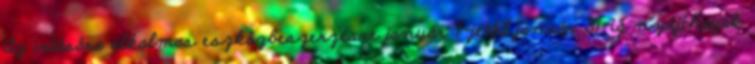
Az irtására alkalmas eszközbeszerzésre január 1-jétől január 31-ig nyújthatják